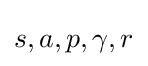
{s,a,p,\gamma ,r}